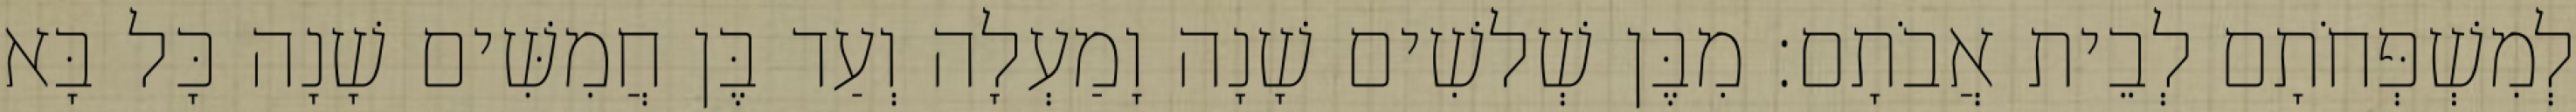
לְמִשְׁפְּחֹתָם לְבֵית אֲבֹתָם׃ מִבֶּן שְׁלשִׁים שָׁנָה וָמַעְלָה וְעַד בֶּן חֲמִשִּׁים שָׁנָה כָּל בָּא